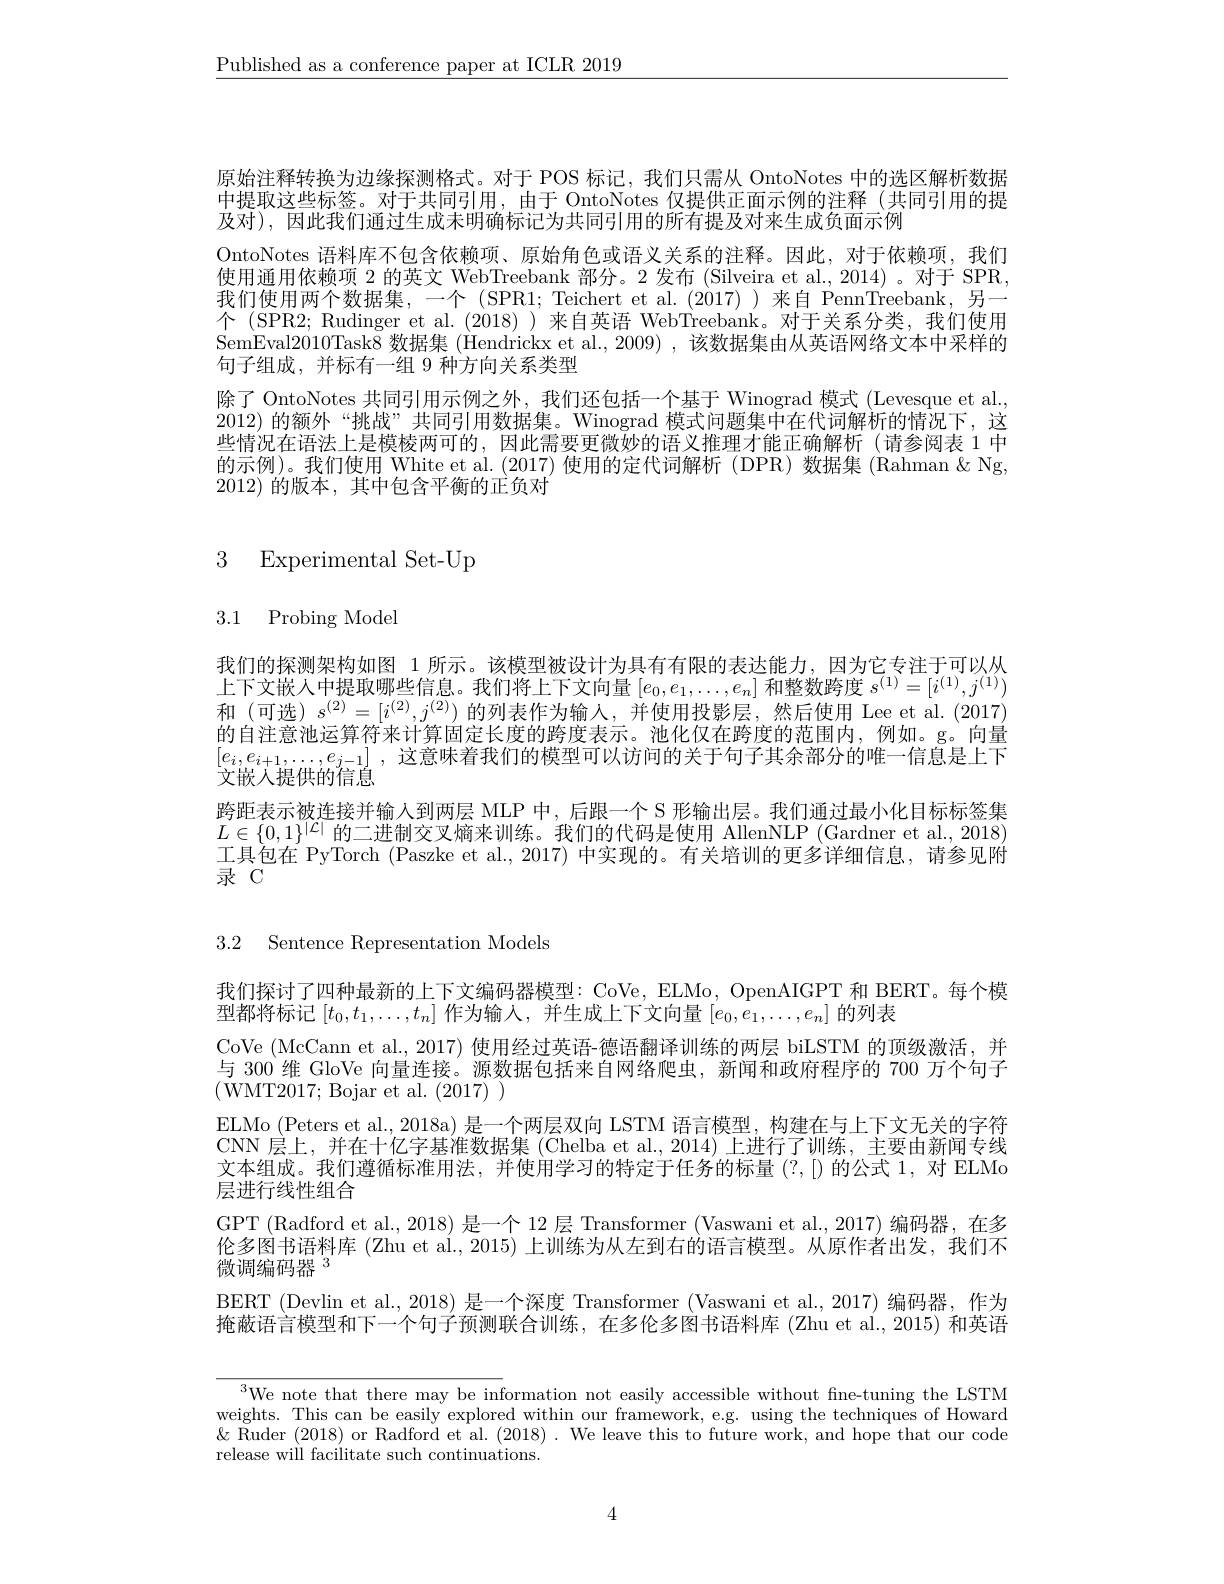
$\underline{\text{Published as a conference paper at ICLR 2019}}$

原始注释转换为边缘探测格式。对于 POS 标记，我们只需从 OntoNotes 中的选区解析数据中提取这些标签。对于共同引用，由于 OntoNotes 仅提供正面示例的注释 (共同引用的提及对), 因此我们通过生成末明确标记为共同引用的所有提及对来生成负面示例
OntoNotes 语料库不包含依赖项、原始角色或语义关系的注释。因此，对于依赖项，我们使用通用依赖项 2 的英文 WebTreebank 部分。2 发布 (Silveira et al., 2014) 。对于 SPR, 我们使用两个数据集，一个(SPR1;Teichert et al.(2017))来自 PennTreebank,另一个 (SPR2; Rudinger et al. (2018)) 来自英语 WebTreebank。对于关系分类，我们使用SemEval2010Task8 数据集 (Hendrickx et al., 2009) , 该数据集由从英语网络文本中采样的句子组成，并标有一组 9 种方向关系类型
除了 OntoNotes 共同引用示例之外，我们还包括一个基于 Winograd 模式 (Levesque et al. 2012)的额外“挑战”共同引用数据集。Winograd 模式问题集中在代词解析的情况下，这些情况在语法上是模棱两可的，因此需要更微妙的语义推理才能正确解析(请参阅表 1 中的示例)。我们使用 White et al.(2017)使用的定代词解析(DPR)数据集(Rahman&Ng, 2012)的版本，其中包含平衡的正负对

3 Experimental Set-Up

3.1 Probing Model

$\begin{array}{c}\text{我们的探测架构如图 1 所示。该模型被设计为具有有限的表达能力，因为它专注于可以从}\\\text{上下文嵌人中提取哪些信息。我们将上下文向量 }[e_0,e_1,\ldots,e_n]\end{array}$和整数跨度 $s^(1)=[i^{(1)},j^{(1)})$ 和(可选)$s^(2)=[i^{(2)},j^{(2)})$的列表作为输入，并使用投影层，然后使用 Lee et al.(2017) 的自注意池运算符来计算固定长度的跨度表示。池化仅在跨度的范围内，例如。g。向量$[ e_i, e_{i+ 1}, \ldots , e_{j- 1}]$ ,这意味着我们的模型可以访问的关于句子其余部分的唯一信息是上下文嵌入提供的信息
跨距表示被连接并输入到两层 MLP 中，后跟一个 S 形输出层。我们通过最小化目标标签集$L\in\{0,1\}^{|\mathcal{L}|}$的二进制交叉熵来训练。我们的代码是使用 AllenNLP (Gardner et al., 2018) 工具包在 PyTorch (Paszke et al., 2017) 中实现的。有关培训的更多详细信息，请参见附录 C

3.2 Sentence Representation Models

我们探讨了四种最新的上下文编码器模型：CoVe, ELMo, OpenAIGPT 和 BERT。每个模
型都将标记$[t_0,t_1,\ldots,t_n]$作为输入，并生成上下文向量$[e_0,e_1,\ldots,e_n]$的列表
CoVe (McCann et al., 2017) 使用经过英语-德语翻译训练的两层 biLSTM 的顶级激活，并与 300 维 GloVe 向量连接。源数据包括来自网络爬虫，新闻和政府程序的 700 万个句子(WMT2017; Bojar et al.(2017))
ELMo (Peters et al., 2018a) 是一个两层双向 LSTM 语言模型，构建在与上下文无关的字符CNN 层上，并在十亿字基准数据集 (Chelba et al.,2014) 上进行了训练，主要由新闻专线文本组成。我们遵循标准用法，并使用学习的特定于任务的标量(?,[)的公式 1,对 ELMo 层进行线性组合
GPT (Radford et al., 2018) 是一个 12 层 Transformer (Vaswani et al., 2017) 编码器，在多伦多图书语料库 (Zhu et al., 2015) 上训练为从左到右的语言模型。从原作者出发，我们不微调编码器 3
BERT (Devlin et al., 2018) 是一个深度 Transformer (Vaswani et al., 2017) 编码器，作为掩蔽语言模型和下一个句子预测联合训练，在多伦多图书语料库 (Zhu et al., 2015) 和英语

$^{3}$We note that there may be information not easily accessible without fine-tuning the LSTM weights. This can be easily explored within our framework, e.g. using the techniques of Howard $\&$ Ruder (2018) or Radford et al. (2018). We leave this to future work, and hope that our code release will facilitate such continuations.

4